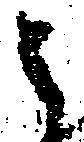
之